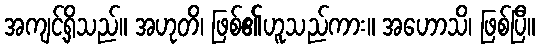
အကျင့်ရှိသည်။ အဟုတိ၊ ဖြစ်၏ဟူသည်ကား။ အဟောသိ၊ ဖြစ်ပြီ။